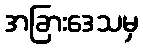
အခြားဒေသမှ